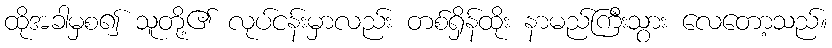
ထိုအခါမှစ၍ သူတို့၏ လုပ်ငန်းမှာလည်း တစ်ရှိန်ထိုး နာမည်ကြီးသွား လေတော့သည်။